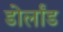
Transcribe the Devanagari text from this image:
डोर्लांड